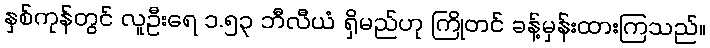
နှစ်ကုန်တွင် လူဦးရေ ၁.၅၃ ဘီလီယံ ရှိမည်ဟု ကြိုတင် ခန့်မှန်းထားကြသည်။